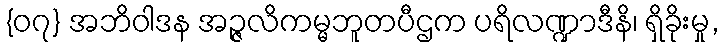
{၀၇} အဘိဝါဒန အဉ္ဇလိကမ္မဘူတပီဌက ပရိလဏ္ဍာဒီနိ၊ ရှိခိုးမှု,